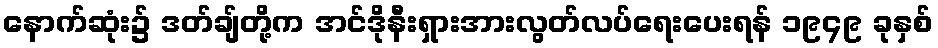
နောက်ဆုံး၌ ဒတ်ချ်တို့က အင်ဒိုနီးရှားအားလွတ်လပ်ရေးပေးရန် ၁၉၄၉ ခုနှစ်